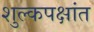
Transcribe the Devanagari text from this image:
शुल्कपक्षांत